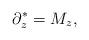
LaTeX: \begin{align*} \partial_z^*=M_z,\end{align*}